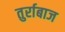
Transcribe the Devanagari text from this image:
तुर्राबाज